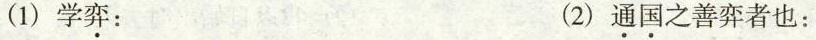
(1)学弈： (2)通国之善弈者也：